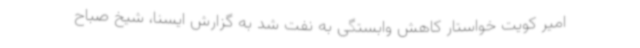
امیر کویت خواستار کاهش وابستگی به نفت شد به گزارش ایسنا، شیخ صباح